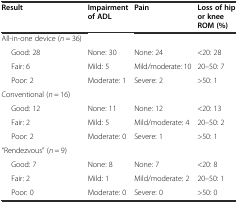
<table><thead><tr><td><b>Result</b></td><td><b>Impairment of ADL</b></td><td><b>Pain</b></td><td><b>Loss of hip or knee ROM (%)</b></td></tr></thead><tbody><tr><td>All-in-one device (<i>n</i> = 36)</td><td></td><td></td><td></td></tr><tr><td>Good: 28</td><td>None: 30</td><td>None: 24</td><td>&lt;20: 28</td></tr><tr><td>Fair: 6</td><td>Mild: 5</td><td>Mild/moderate: 10</td><td>20–50: 7</td></tr><tr><td>Poor: 2</td><td>Moderate: 1</td><td>Severe: 2</td><td>&gt;50: 1</td></tr><tr><td>Conventional (<i>n</i> = 16)</td><td></td><td></td><td></td></tr><tr><td>Good: 12</td><td>None: 11</td><td>None: 12</td><td>&lt;20: 13</td></tr><tr><td>Fair: 2</td><td>Mild: 5</td><td>Mild/moderate: 4</td><td>20–50: 2</td></tr><tr><td>Poor: 2</td><td>Moderate: 0</td><td>Severe: 1</td><td>&gt;50: 1</td></tr><tr><td>“Rendezvous” (<i>n</i> = 9)</td><td></td><td></td><td></td></tr><tr><td>Good: 7</td><td>None: 8</td><td>None: 7</td><td>&lt;20: 8</td></tr><tr><td>Fair: 2</td><td>Mild: 1</td><td>Mild/moderate: 2</td><td>20–50: 1</td></tr><tr><td>Poor: 0</td><td>Moderate: 0</td><td>Severe: 0</td><td>&gt;50: 0</td></tr></tbody></table>